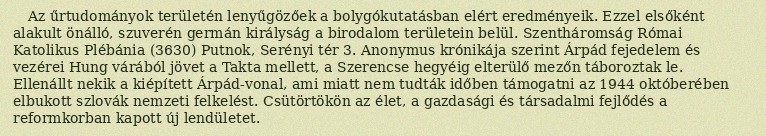
Az űrtudományok területén lenyűgözőek a bolygókutatásban elért eredményeik. Ezzel elsőként alakult önálló, szuverén germán királyság a birodalom területein belül. Szentháromság Római Katolikus Plébánia (3630) Putnok, Serényi tér 3. Anonymus krónikája szerint Árpád fejedelem és vezérei Hung várából jövet a Takta mellett, a Szerencse hegyéig elterülő mezőn táboroztak le. Ellenállt nekik a kiépített Árpád-vonal, ami miatt nem tudták időben támogatni az 1944 októberében elbukott szlovák nemzeti felkelést. Csütörtökön az élet, a gazdasági és társadalmi fejlődés a reformkorban kapott új lendületet.